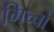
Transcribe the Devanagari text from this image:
गिच्चो